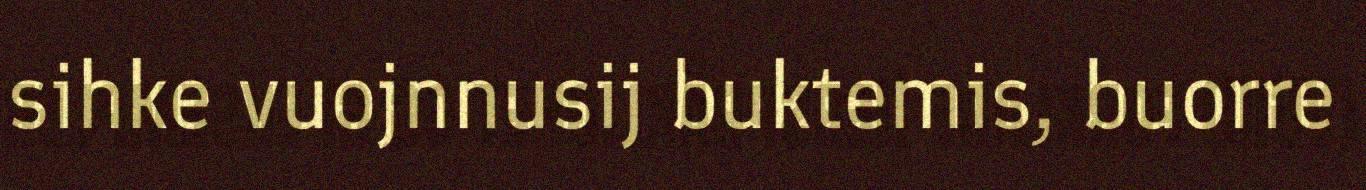
sihke vuojnnusij buktemis, buorre